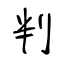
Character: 判